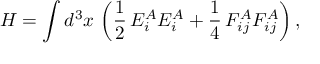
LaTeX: H = \int d ^ { 3 } x \, \left( \frac { 1 } { 2 } \, E _ { i } ^ { A } E _ { i } ^ { A } + \frac { 1 } { 4 } \, F _ { i j } ^ { A } F _ { i j } ^ { A } \right) ,